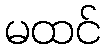
မထင်